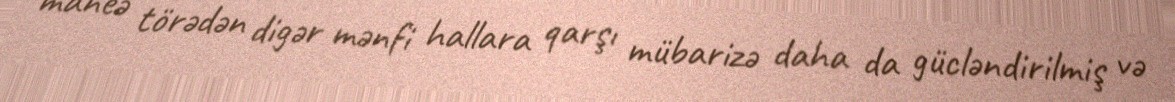
maneə törədən digər mənfi hallara qarşı mübarizə daha da gücləndirilmiş və